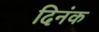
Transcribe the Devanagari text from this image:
दिनंक